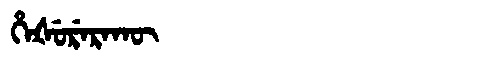
Manchu: ᡥᡝᡧᡠᡵᡝᡵᠠᡴᡡ
Romanization: HEŠURERAKŪ